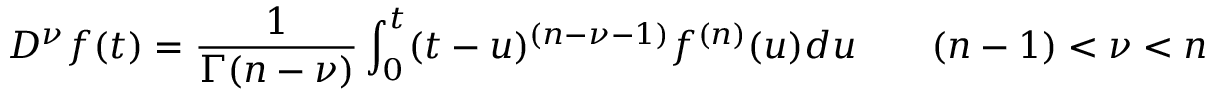
{ } D ^ { \nu } f ( t ) = { \frac { 1 } { \Gamma ( n - \nu ) } } \int _ { 0 } ^ { t } ( t - u ) ^ { ( n - \nu - 1 ) } f ^ { ( n ) } ( u ) d u \qquad ( n - 1 ) < \nu < n